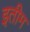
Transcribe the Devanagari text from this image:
इतीम